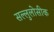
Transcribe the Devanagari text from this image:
सल्लुलोसीक